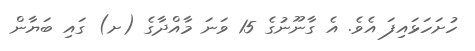
ހުށަހަޅައިފަ އެވެ. އެ ގާނޫނުގެ 15 ވަނަ މާއްދާގެ (ށ) ގައި ބަޔާން